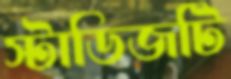
স্টাডিজটি